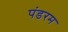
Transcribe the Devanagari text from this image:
पंडरम